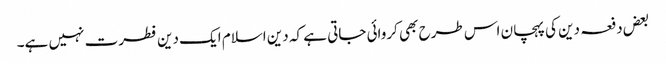
بعض دفعہ دین کی پہچان اس طرح بھی کروائی جاتی ہے کہ دین اسلام ایک دین فطرت نہیں ہے۔